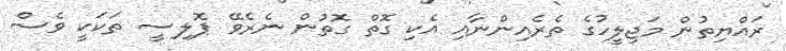
ރައްޔިތުން މަޖިލީހުގެ ތެރެއިންނާއި އެކި ގޮތް ގޮތުން ނެރެވޭ ޕޮލިސީ ތަކަކީ ވެސް